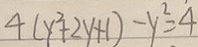
4 ( y ^ { 2 } + 2 y + 1 ) - y ^ { 2 } = 4